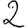
Digit: 2